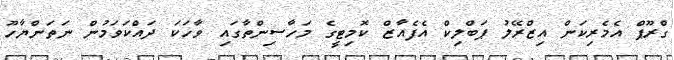
ގްރޫޕް އެމެރިކަން އިޒްރޭލު ޕަބްލިކް އެފެއާޒް ކޮމިޓީގެ މަހާސިންތާގައި ވާހަކަ ދައްކަވަމުން ނަތަންޔާހޫ